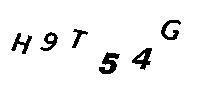
H9T54G